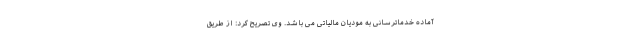
آماده خدماترسانی به مودیان مالیاتی می باشد. وی تصریح کرد: از طریق